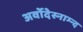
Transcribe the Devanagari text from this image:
अर्वोदेस्नाम्न्द